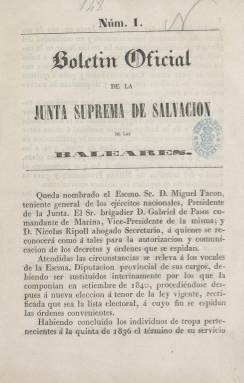
Título: Boletín oficial de la Junta Suprema de Salvación de las Baleares
Colección: Gacetas
Ámbito geográfico: Baleares
Lugar de publicación: Palma de Mallorca, Baleares
Fechas: 01/01/1843-31/12/1843